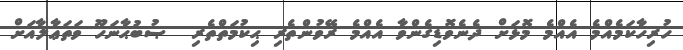
ހުރިހާކަމެއްމެ އެއްމެ މޮޅަށް ދެނެވޮޑިގެންވާ އެއްމެ ރޭވުންތެރި ޙިކުމަތްތެރި  ޞުބުޙާނަހޫ ވަތަޢާލާއަށް